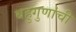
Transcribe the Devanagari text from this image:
बहुगुणांची